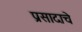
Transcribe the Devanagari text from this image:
प्रसादाचे